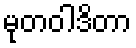
မုတဝါဒိတာ